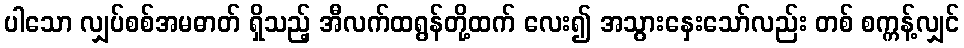
ပါသော လျှပ်စစ်အမဓာတ် ရှိသည့် အီလက်ထရွန်တို့ထက် လေး၍ အသွားနှေးသော်လည်း တစ် စက္ကန့်လျှင်